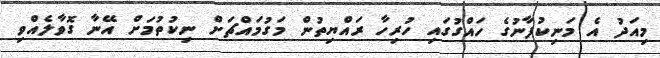
މިއަދު އެ މަނިކުފާނުގެ ހައްގުގައި ހުރިހާ ރައްޔިތުން މަގުމައްޗަށް ނިކުތުމަށް އޭނާ ގޮވާލެއްވި